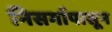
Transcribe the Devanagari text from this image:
निसर्गापासून